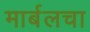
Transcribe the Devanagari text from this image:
मार्बलचा